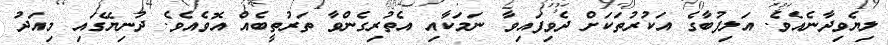
ލިޔެވިދާނެއެވެ. އަލިފުބާގެ އަކުރުތަކަށް ދެވިފައިވާ ނަމަކާއި އެތުރިގެންވާ ތަރުތީބެއް އޮވެއެވެ. ދުނިޔޭގައި މިއަދު